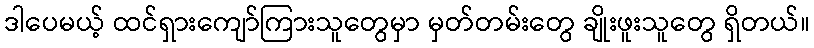
ဒါပေမယ့် ထင်ရှားကျော်ကြားသူတွေမှာ မှတ်တမ်းတွေ ချိုးဖူးသူတွေ ရှိတယ်။